NAE_ERA_R-30_Eesti_Riiklik_Spordiamet, lk 61
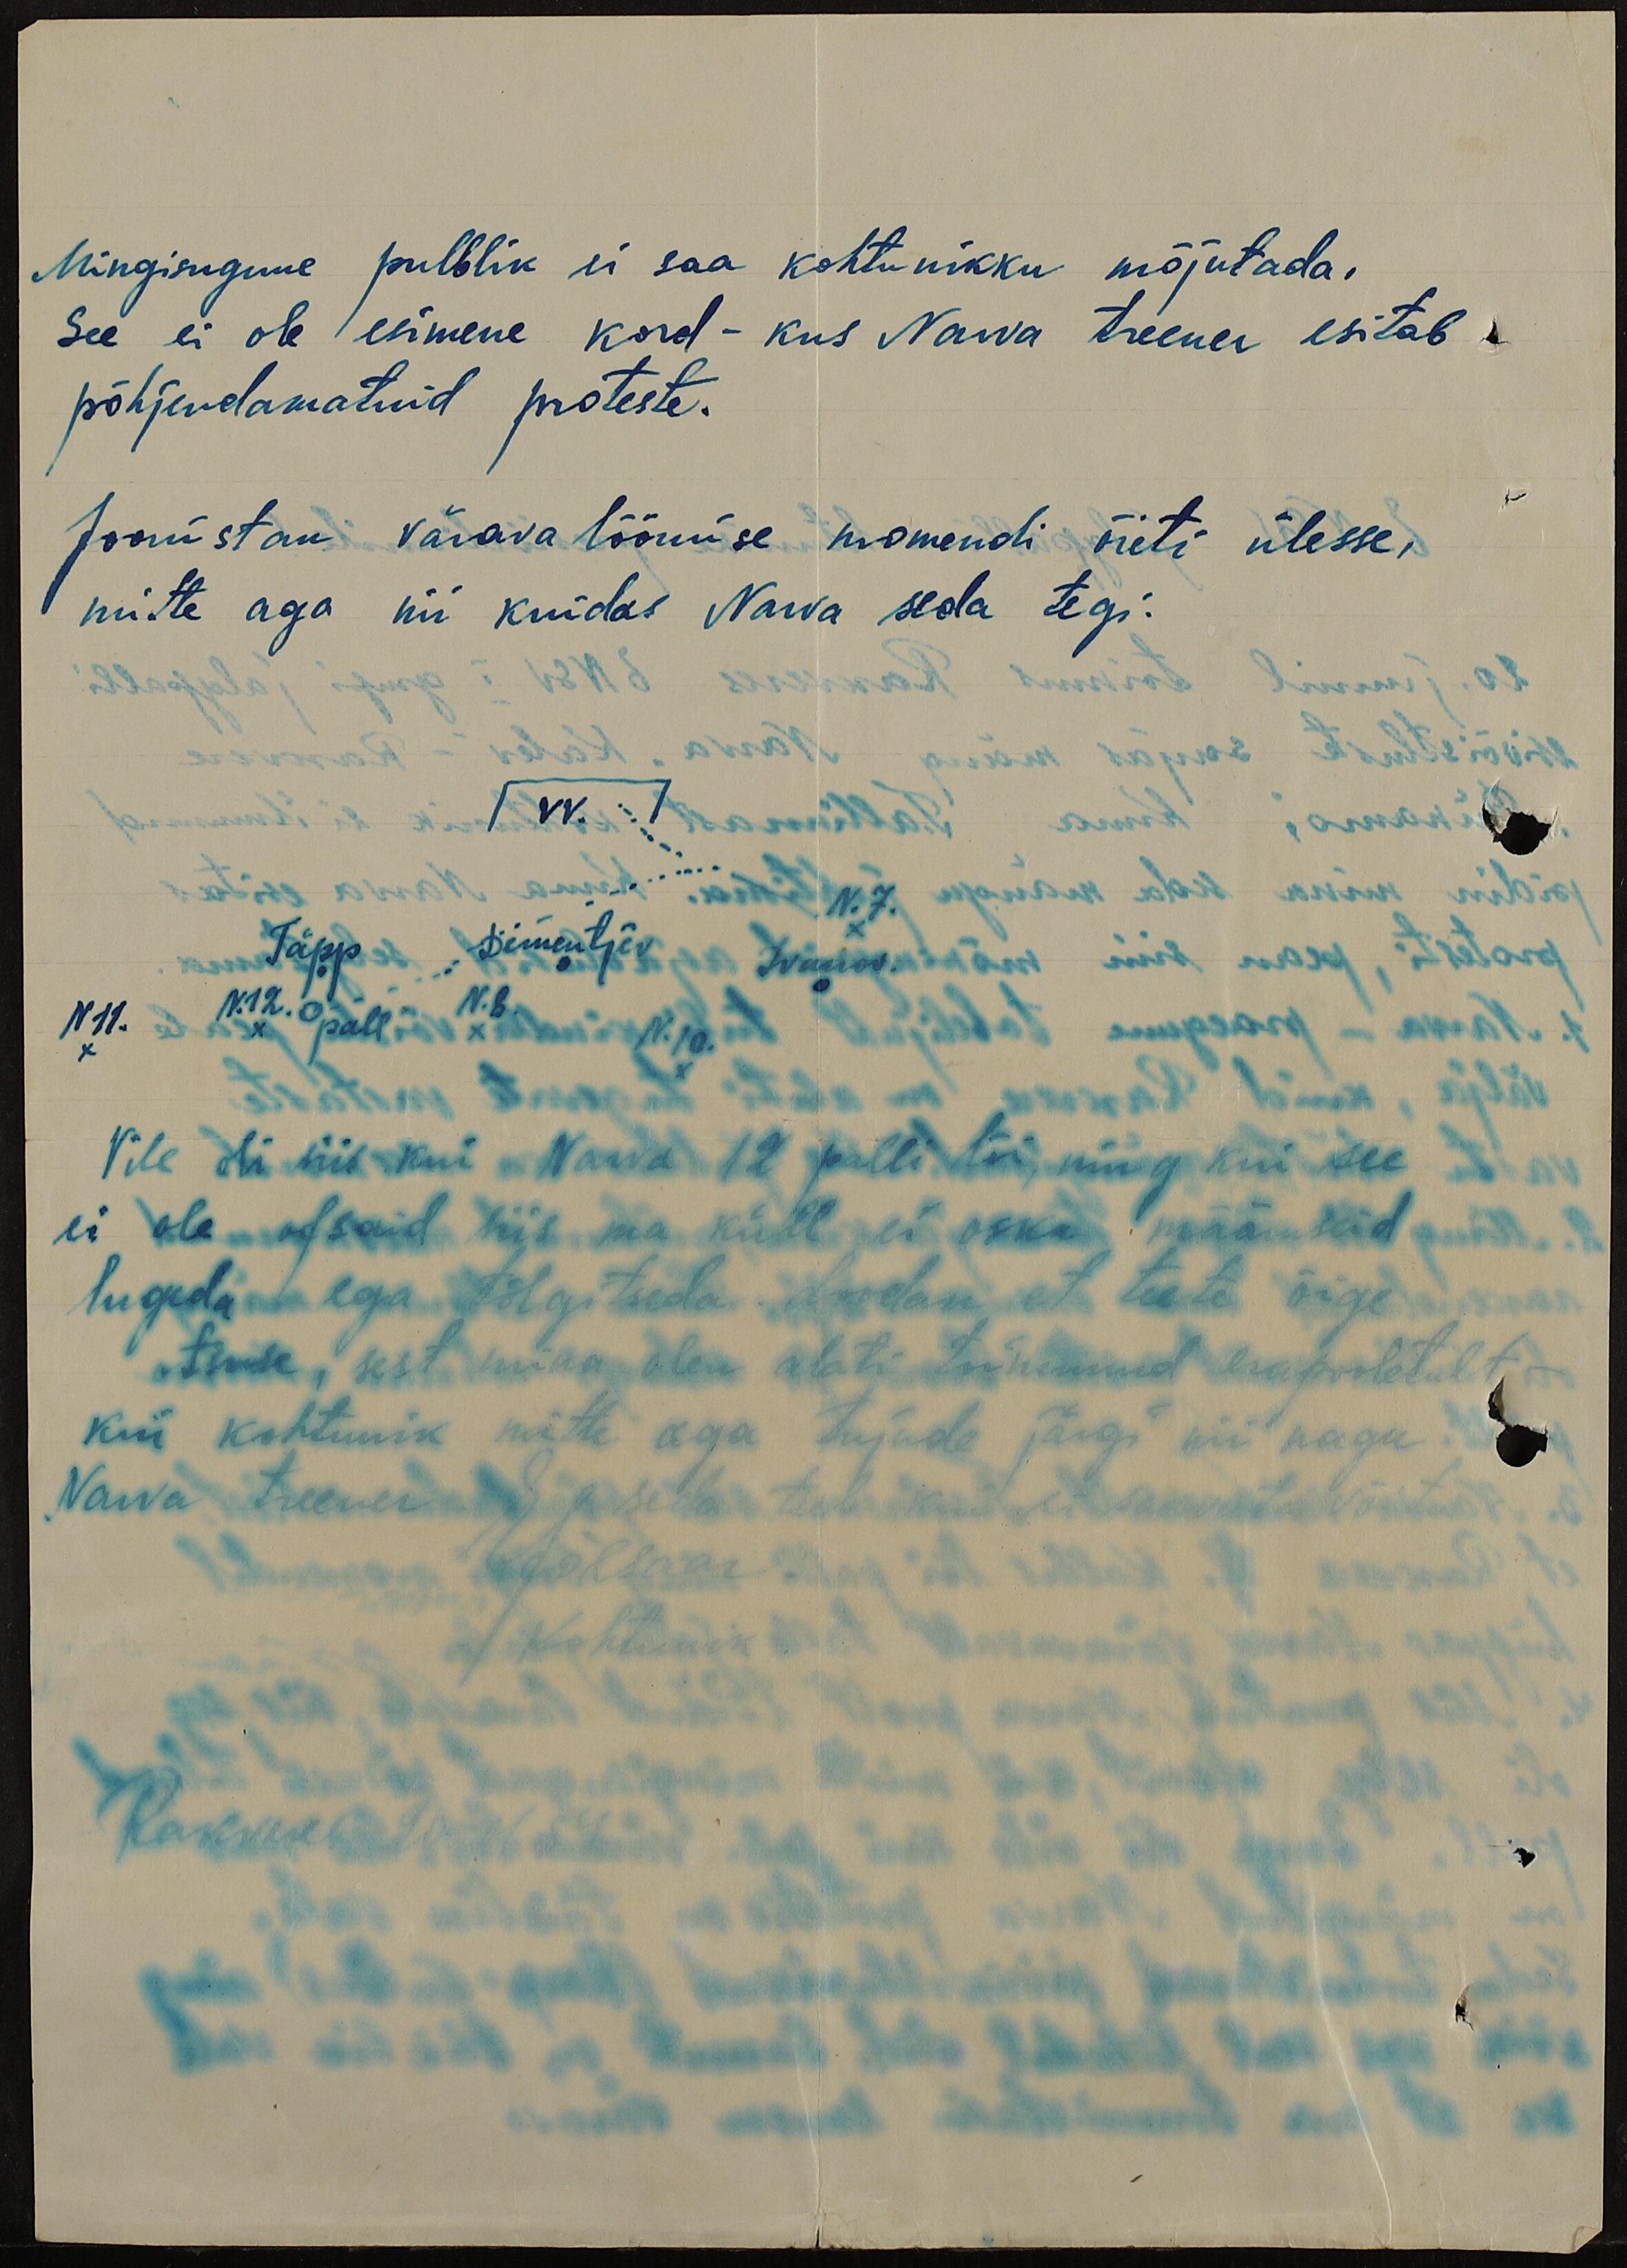
Mingisugune pulblik ei saa kohtunikku mõjutada,
See ei ole esimene kord - kus Narva treener esitab
põhjendamatuid proteste.
Joonistan värava löömise momendi õieti ülesse,
mitte aga nii kuidas Narva seda tegi.
VV.
N.7.
Täpp
Dementjev
Ivanov
N11.
N.12.
pall
N.8.
N.10.
Vile oli siis kui Narva 12 palli lõi, ning kui see
ei ole ofsaid siis ma küll ei oska määruseid
lugeda ega tõlgitseda. Loodan, et teete õige
otsuse, sest mina olen alati toiminud erapooletult
kui kohtunik mitte aga tujude järgi nii nagu
Narva treener seda teeb kui ei saavuta võitu
EJõesaar
Kohtunik